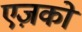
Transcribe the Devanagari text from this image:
एज़को